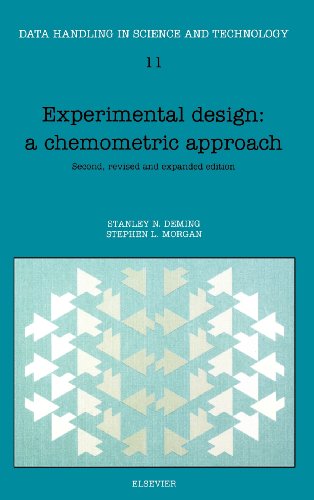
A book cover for Experimental Design: A Chemometric Approach, Volume 11, Second Edition (Data Handling in Science and Technology); S.N. Deming; Engineering & Transportation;